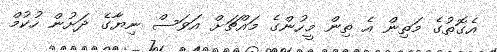
އެގޮތުގެ މަތިން އެ ތިން މީހުންގެ މައްޗަށް އަވަސް ނިޔާގެ ދަށުން ހުކުމް